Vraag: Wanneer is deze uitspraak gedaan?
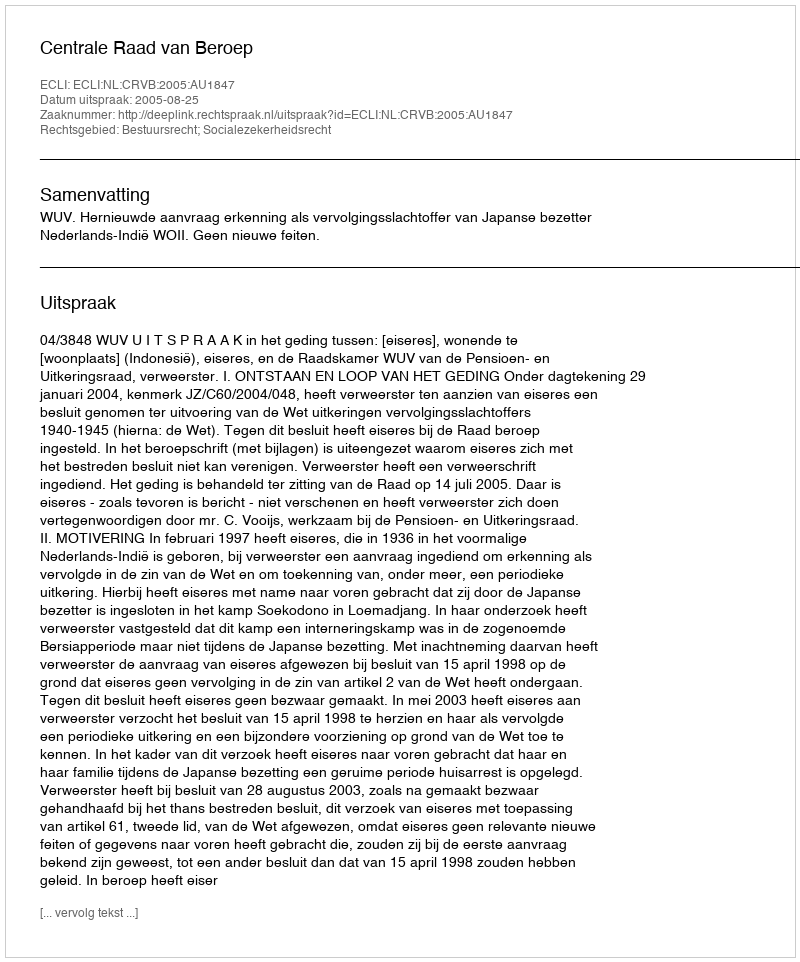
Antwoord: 2005-08-25